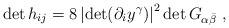
LaTeX: \begin{align*} \det h_{ij} = 8\left|\det (\partial_i y^\gamma )\right|^2 \det G_{\alpha\bar\beta}\ ,\end{align*}